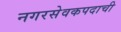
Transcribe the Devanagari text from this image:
नगरसेवकपदाची